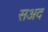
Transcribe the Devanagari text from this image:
सअद